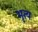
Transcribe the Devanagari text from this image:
भृत्‍य